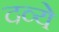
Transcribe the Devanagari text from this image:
दव्ये